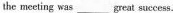
the meeting was___ great success.